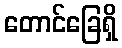
တောင်ခြေရှိ